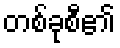
တစ်ခုစီ၏